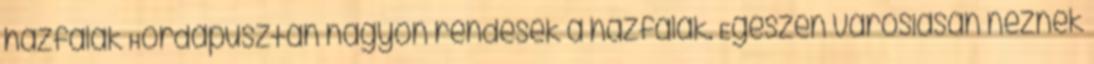
házfalak Hordapusztán nagyon rendesek a házfalak. Egészen városiasan néznek